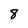
Character: 8